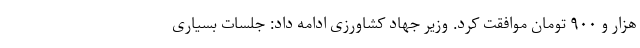
هزار و ۹۰۰ تومان موافقت کرد. وزیر جهاد کشاورزی ادامه داد: جلسات بسیاری